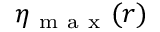
\eta _ { \mathrm { ~ m ~ a ~ x ~ } } ( r )